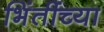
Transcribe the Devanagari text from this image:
भिंतींच्या